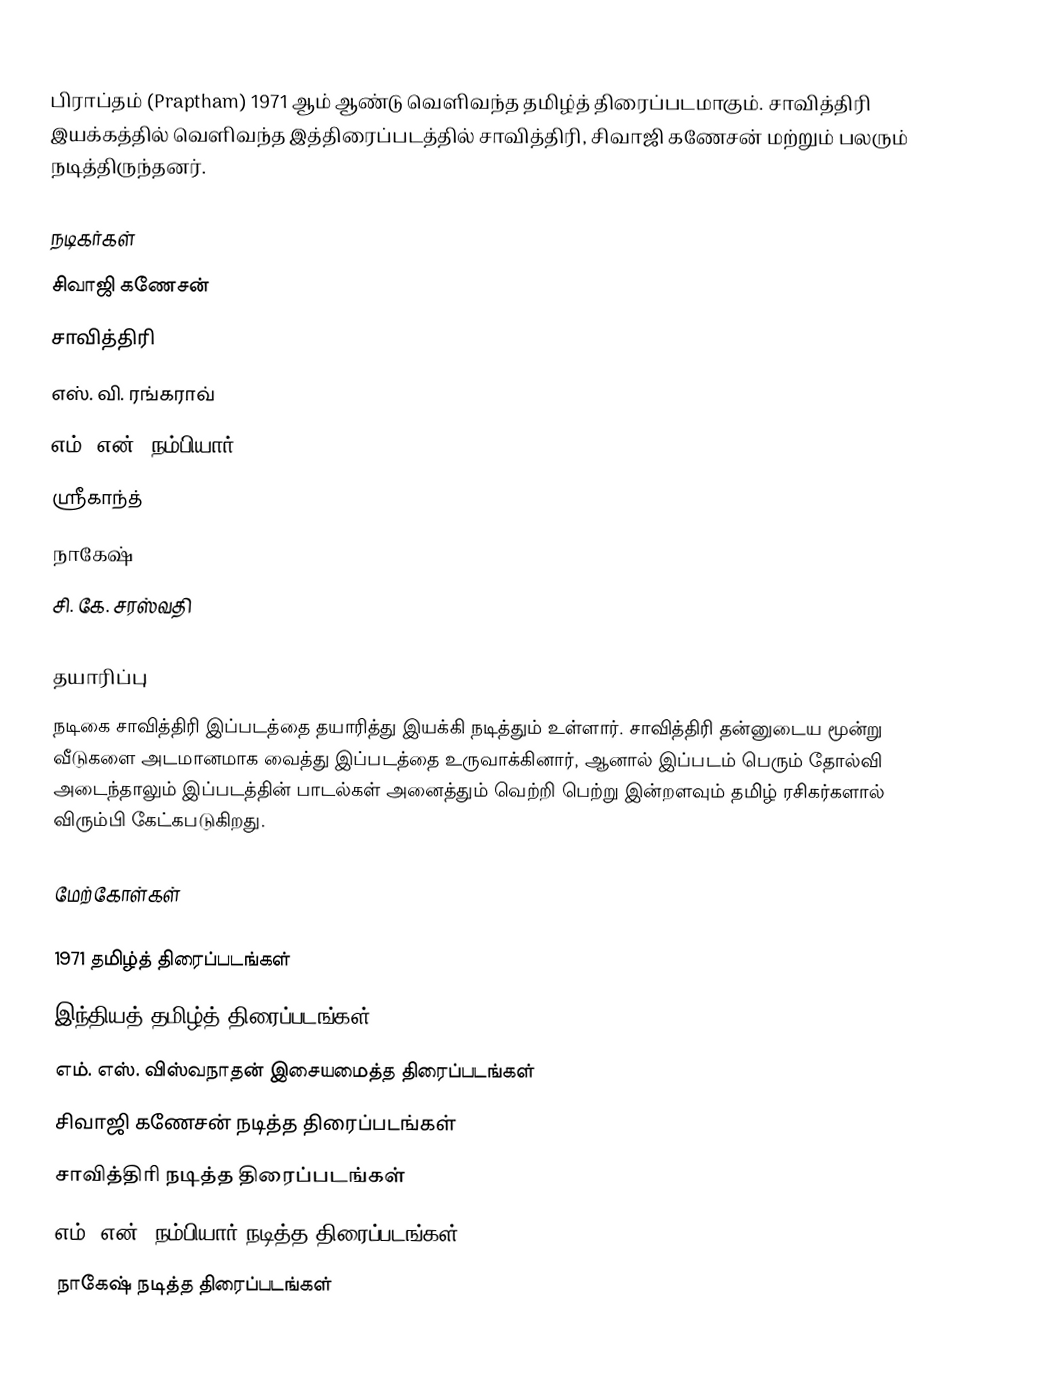
பிராப்தம் (Praptham) 1971 ஆம் ஆண்டு வெளிவந்த தமிழ்த் திரைப்படமாகும். சாவித்திரி இயக்கத்தில் வெளிவந்த இத்திரைப்படத்தில் சாவித்திரி, சிவாஜி கணேசன் மற்றும் பலரும் நடித்திருந்தனர்.

நடிகர்கள்
 சிவாஜி கணேசன்
 சாவித்திரி
 எஸ். வி. ரங்கராவ்
 எம். என். நம்பியார்
 ஸ்ரீகாந்த்
 நாகேஷ்
 சி. கே. சரஸ்வதி

தயாரிப்பு
நடிகை சாவித்திரி இப்படத்தை தயாரித்து இயக்கி நடித்தும் உள்ளார். சாவித்திரி தன்னுடைய மூன்று வீடுகளை அடமானமாக வைத்து இப்படத்தை உருவாக்கினார், ஆனால் இப்படம் பெரும் தோல்வி அடைந்தாலும் இப்படத்தின் பாடல்கள் அனைத்தும் வெற்றி பெற்று இன்றளவும் தமிழ் ரசிகர்களால் விரும்பி கேட்கபடுகிறது.

மேற்கோள்கள்

1971 தமிழ்த் திரைப்படங்கள்
இந்தியத் தமிழ்த் திரைப்படங்கள்
எம். எஸ். விஸ்வநாதன் இசையமைத்த திரைப்படங்கள்
சிவாஜி கணேசன் நடித்த திரைப்படங்கள்
சாவித்திரி நடித்த திரைப்படங்கள்
எம். என். நம்பியார் நடித்த திரைப்படங்கள்
நாகேஷ் நடித்த திரைப்படங்கள்